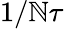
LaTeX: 1/\mathbb{N}\tau